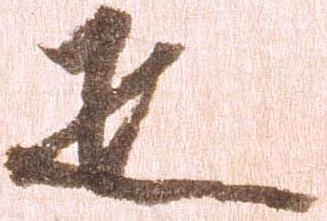
疋